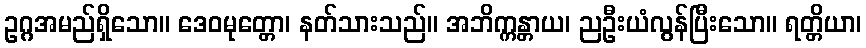
ဥဂ္ဂအမည်ရှိသော။ ဒေဝမုတ္တော၊ နတ်သားသည်။ အဘိက္ကန္တာယ၊ ညဦးယံလွန်ပြီးသော။ ရတ္တိယာ၊